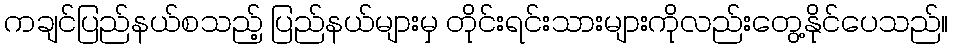
ကချင်ပြည်နယ်စသည့် ပြည်နယ်များမှ တိုင်းရင်းသားများကိုလည်းတွေ့နိုင်ပေသည်။